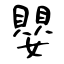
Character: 嬰